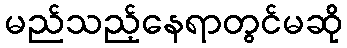
မည်သည့်နေရာတွင်မဆို